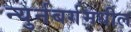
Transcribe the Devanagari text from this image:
न्युर्नबर्गमधील